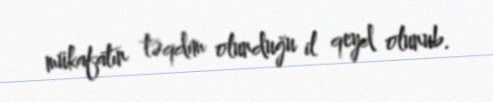
mükafatın təqdim olunduğu il qeyd olunub.